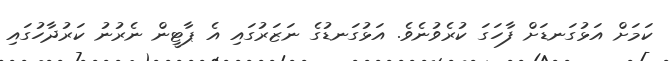
ކަމަށް އަޅުގަނޑަށް ފާހަގަ ކުރެވުނެވެ. އަޅުގަނޑުގެ ނަޒަރުގައި އެ ޕާޓީން ނެރުނު ކަރުދާހުގައި